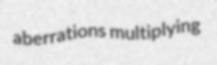
aberrations multiplying